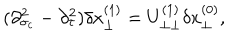
( \partial _ { \sigma _ { c } } ^ { 2 } - \partial _ { \tau } ^ { 2 } ) \delta x _ { \perp } ^ { ( 1 ) } = U _ { \perp \perp } ^ { ( 1 ) } \delta x _ { \perp } ^ { ( 0 ) } ,